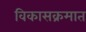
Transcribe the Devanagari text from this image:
विकासक्रमात